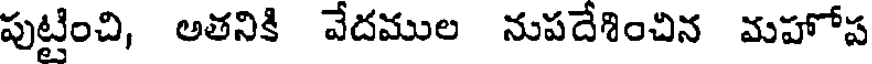
పుట్టించి, అతనికి వేదముల నుపదేశించిన మహోప